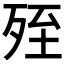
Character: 𣨂